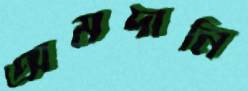
অমদানি